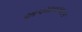
અપમાનકારક